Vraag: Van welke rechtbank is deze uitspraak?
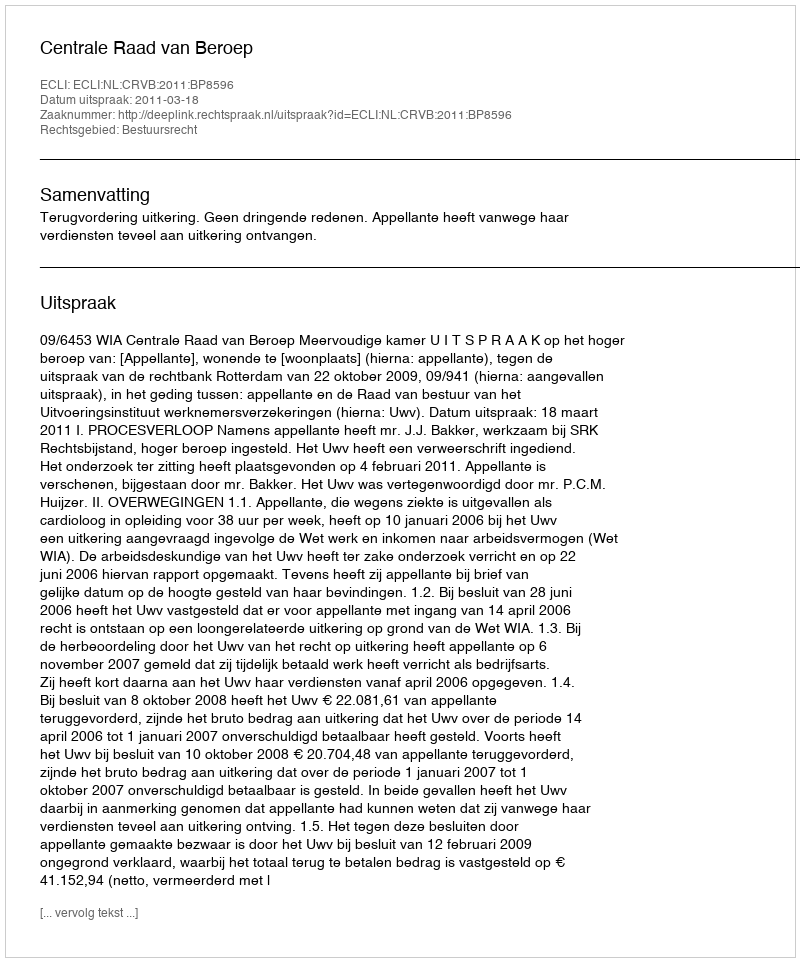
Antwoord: Centrale Raad van Beroep